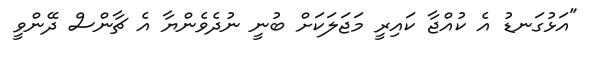
"އަޅުގަނޑު އެ ކުއްޖާ ކައިރީ މަޖަލަކަށް ބުނީ ނުދެވެންޔާ އެ ޗާންސް ދޭންވީ